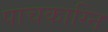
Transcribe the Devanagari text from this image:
पाचकाग्नि